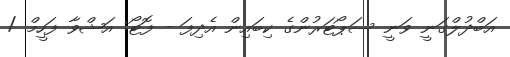
އަބްދުލްގަނީ ވަނީ ސަޕޯޓަރުންގެ ކިބައިން އެދިފަ - ފޮޓޯ: އަޝްވާ ފަހީމް /